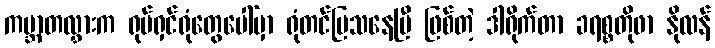
ကမ္ဘာတလွှားက ရုပ်ရှင်ရုံတွေပေါ်မှာ ရုံတင်ပြသနေပြီ ဖြစ်တဲ့ ဒါရိုက်တာ ခရစ္စတိုဖာ နိုလန်